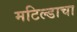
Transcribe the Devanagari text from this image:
मटिल्डाचा